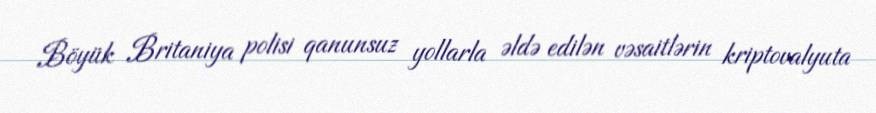
Böyük Britaniya polisi qanunsuz yollarla əldə edilən vəsaitlərin kriptovalyuta